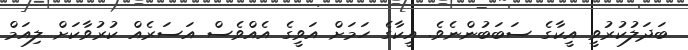
ބަދަލުކުރުވީ އީކާގެ ސަބަބުންނެވެ. އީކާގެ ހަމަށް އަވީގެ އެއްވެސް އަސަރެއް ކުރުވާކަށް ލިއަމް